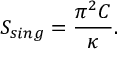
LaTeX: S _ { s i n g } = { \frac { \pi ^ { 2 } C } { \kappa } } .